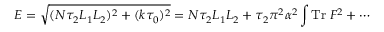
E = \sqrt { ( N \tau _ { 2 } L _ { 1 } L _ { 2 } ) ^ { 2 } + ( k \tau _ { 0 } ) ^ { 2 } } = N \tau _ { 2 } L _ { 1 } L _ { 2 } + \tau _ { 2 } \pi ^ { 2 } \alpha ^ { 2 } \int \mathrm { T r } \; F ^ { 2 } + \cdots